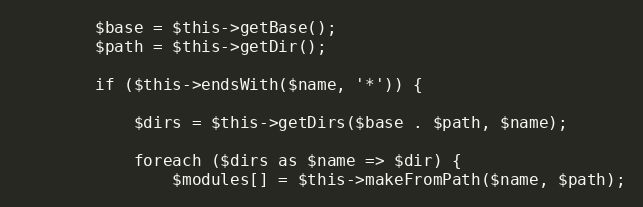
Language: PHP
        $base = $this->getBase();
        $path = $this->getDir();

        if ($this->endsWith($name, '*')) {

            $dirs = $this->getDirs($base . $path, $name);

            foreach ($dirs as $name => $dir) {
                $modules[] = $this->makeFromPath($name, $path);